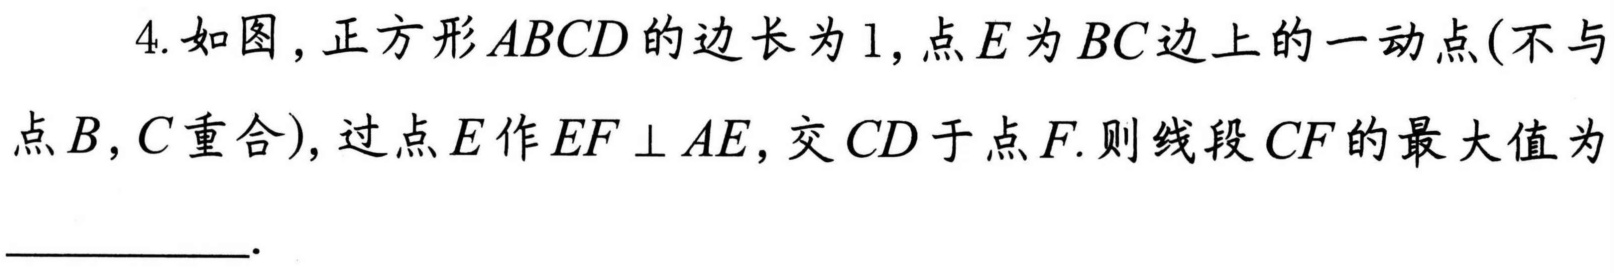
4. 如图，正方形\(ABCD\)的边长为\(1\)，点\(E\)为\(BC\)边上的一动点(不与
点\(B,C\)重合)，过点\(E\)作\(EF\perp AE\)，交\(CD\)于点\(F\). 则线段\(CF\)的最大值为
____________.